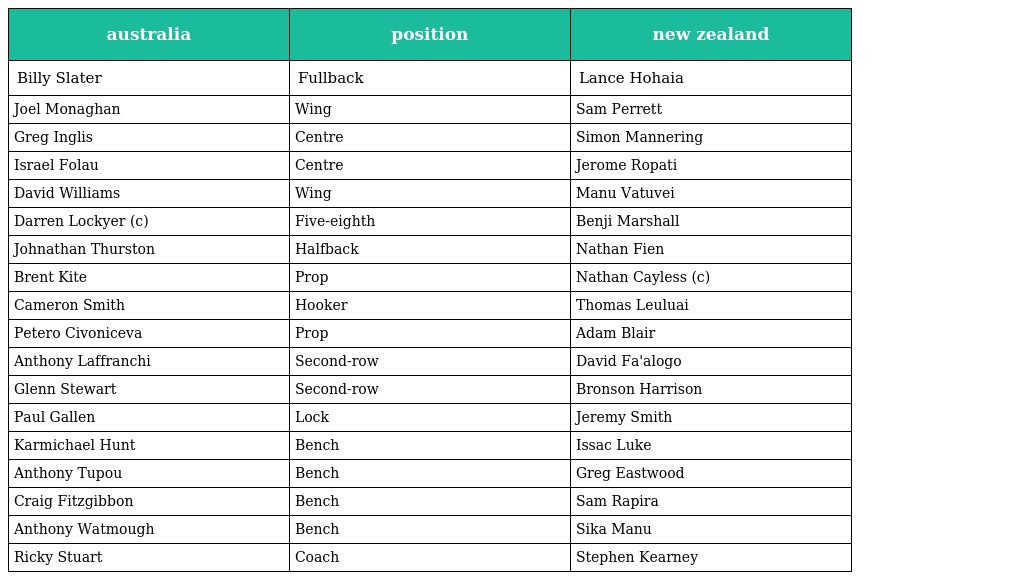
| australia | position | new zealand |
 | --- | --- | --- |
 | Billy Slater | Fullback | Lance Hohaia |
 | Joel Monaghan | Wing | Sam Perrett |
 | Greg Inglis | Centre | Simon Mannering |
 | Israel Folau | Centre | Jerome Ropati |
 | David Williams | Wing | Manu Vatuvei |
 | Darren Lockyer (c) | Five-eighth | Benji Marshall |
 | Johnathan Thurston | Halfback | Nathan Fien |
 | Brent Kite | Prop | Nathan Cayless (c) |
 | Cameron Smith | Hooker | Thomas Leuluai |
 | Petero Civoniceva | Prop | Adam Blair |
 | Anthony Laffranchi | Second-row | David Fa'alogo |
 | Glenn Stewart | Second-row | Bronson Harrison |
 | Paul Gallen | Lock | Jeremy Smith |
 | Karmichael Hunt | Bench | Issac Luke |
 | Anthony Tupou | Bench | Greg Eastwood |
 | Craig Fitzgibbon | Bench | Sam Rapira |
 | Anthony Watmough | Bench | Sika Manu |
 | Ricky Stuart | Coach | Stephen Kearney |